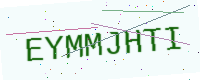
Text: EYMMJHTI